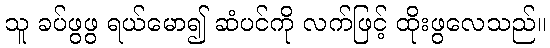
သူ ခပ်ဖွဖွ ရယ်မော၍ ဆံပင်ကို လက်ဖြင့် ထိုးဖွလေသည်။